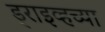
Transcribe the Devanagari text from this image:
ड्राइव्हच्या